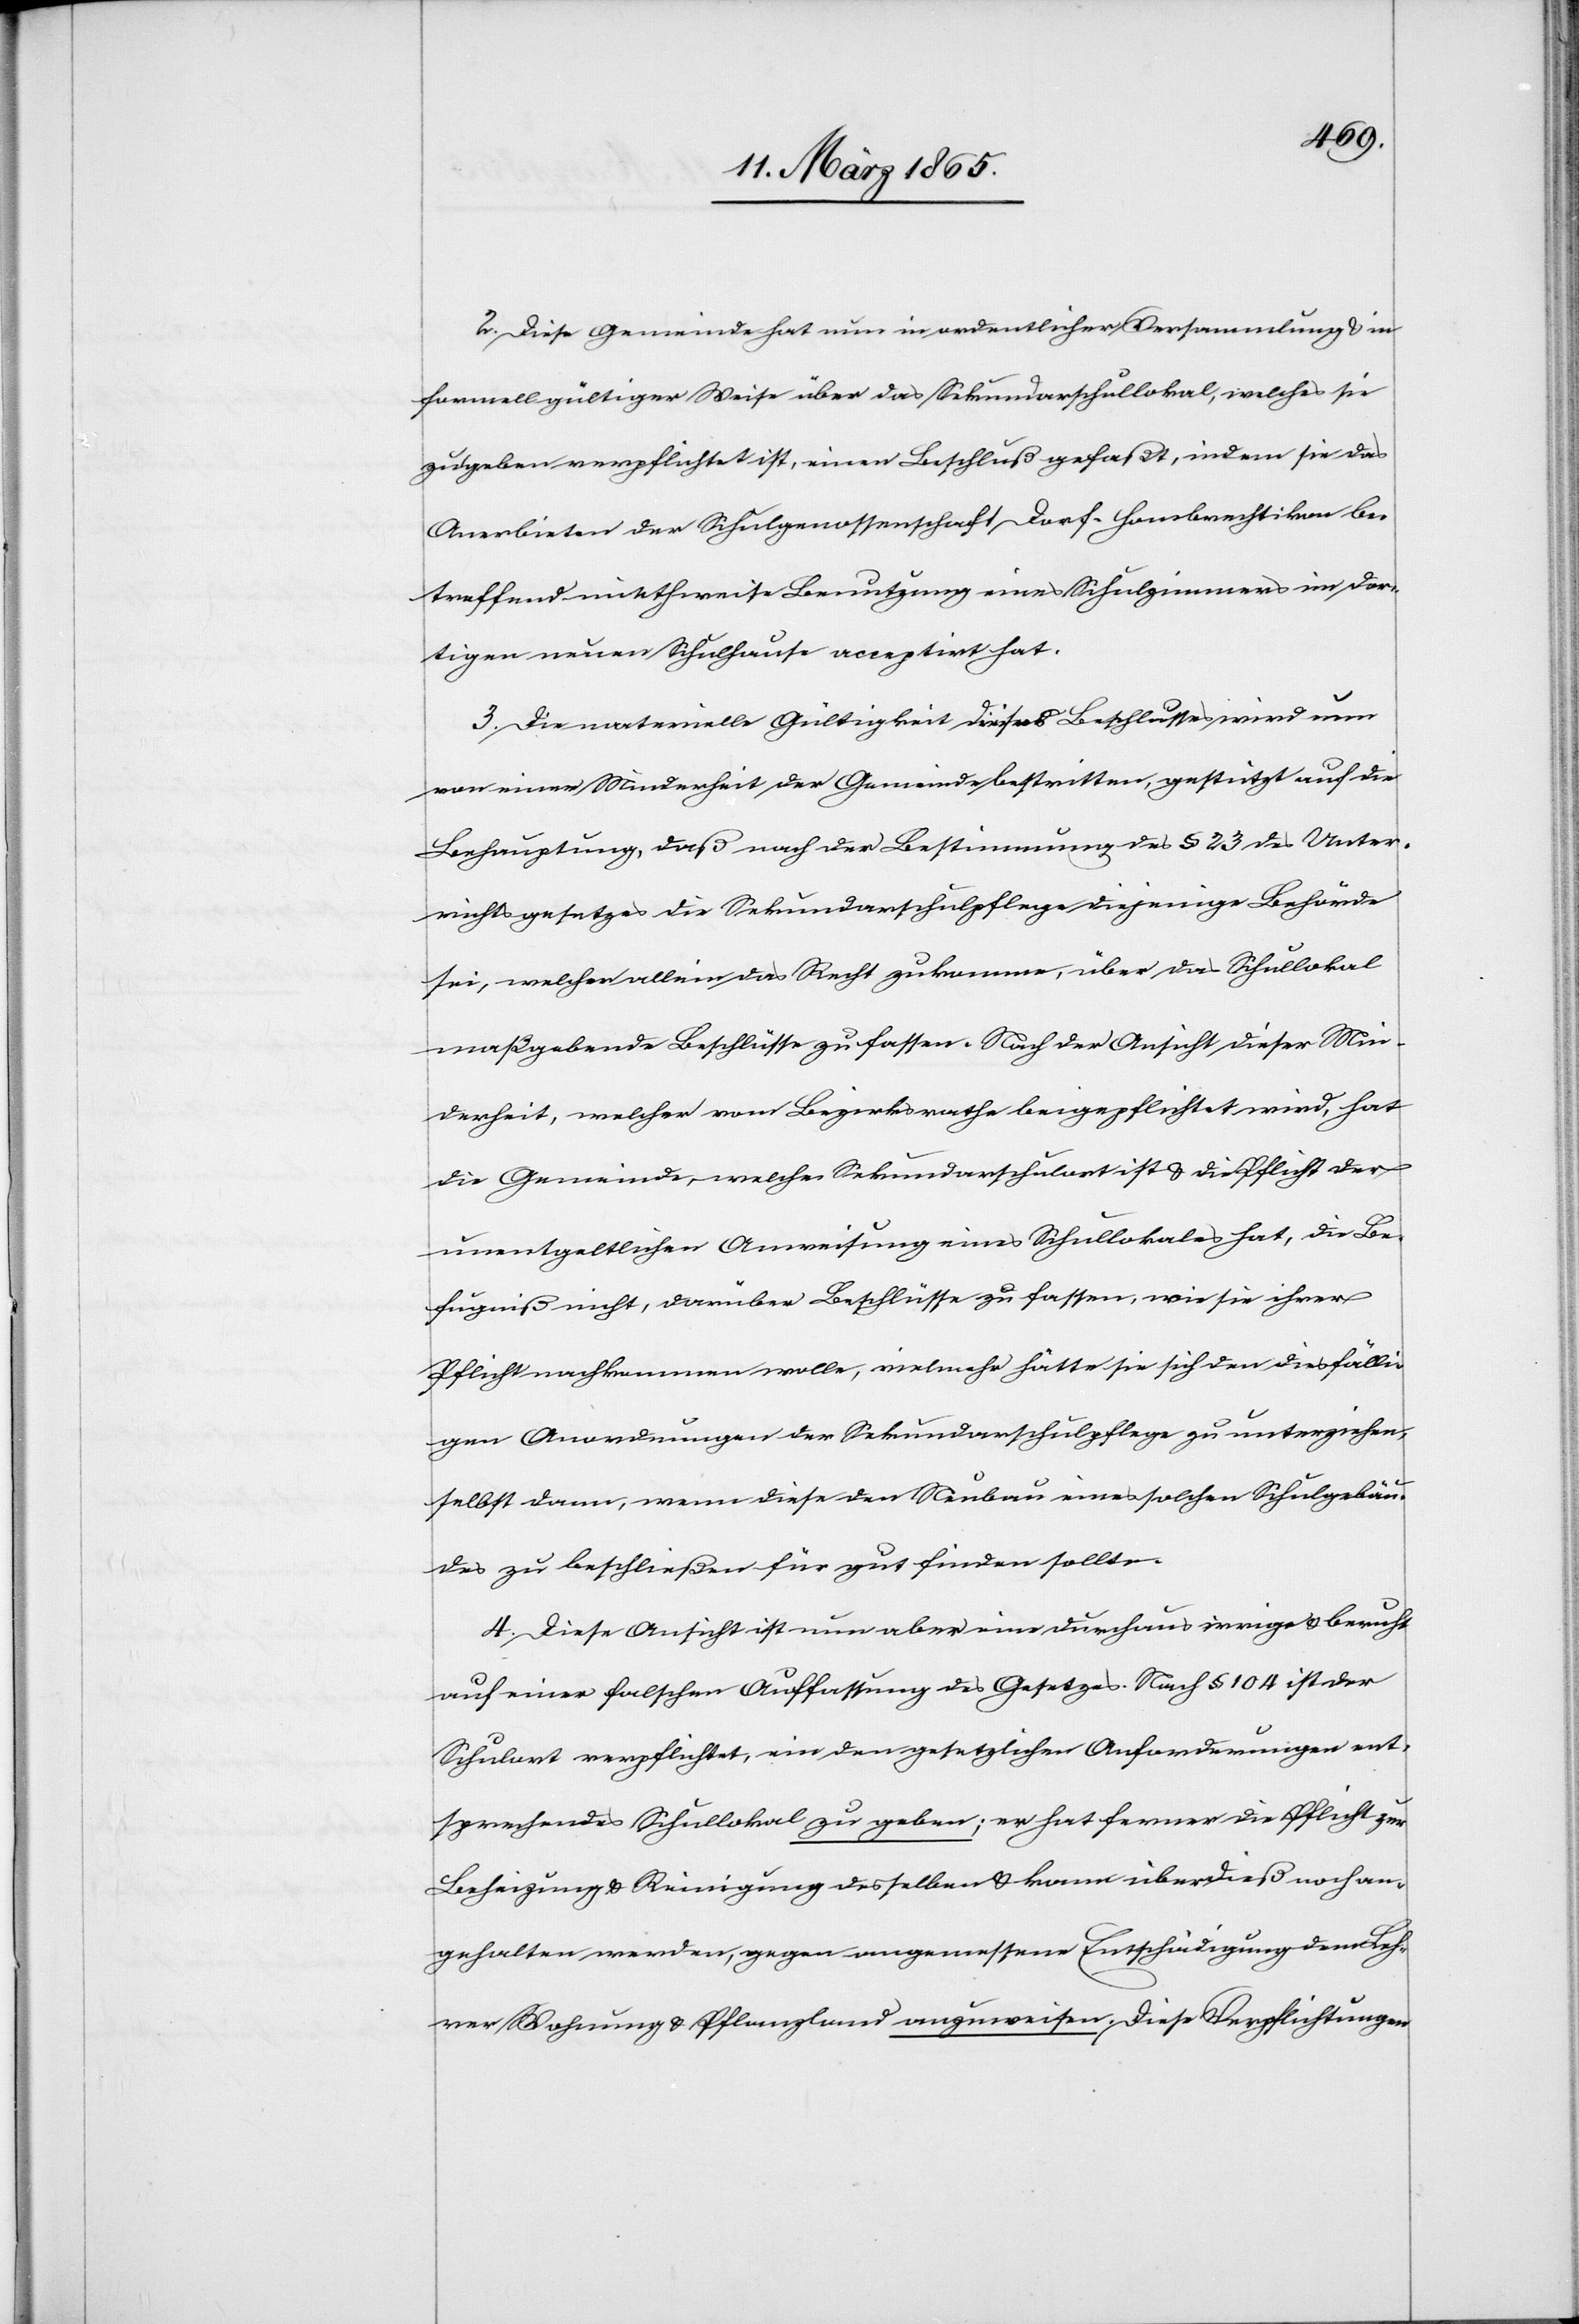
2. Diese Gemeinde hat nun in ordentlicher Versammlung u. in
formell gültiger Weise über das Sekundarschullokal, welches sie
zu geben verpflichtet ist, einen Beschluß gefaßt, indem sie das
Anerbieten der Schulgenossenschaft Dorf-Hombrechtikon be¬
treffend miethweise Benutzung eines Schulzimmers im dor¬
tigen neuen Schulhause acceptirt hat.
3. Die materielle Gültigkeit dieses Beschlusses wird nun
von einer Minderheit der Gemeinde bestritten, gestützt auf die
Behauptung, daß nach der Bestimmung des § 23 des Unter¬
richtsgesetzes die Sekundarschulpflege diejenige Behörde
sei, welcher allein das Recht zukomme, über das Schullokal
maßgebende Beschlüsse zu fassen. Nach der Ansicht dieser Min¬
derheit, welcher vom Bezirksrathe beigepflichtet wird, hat
die Gemeinde, welche Sekundarschulort ist u. die Pflicht der
unentgeltlichen Anweisung eines Schullokales hat, die Be¬
fugniß nicht, darüber Beschlüsse zu fassen, wie sie ihrer
Pflicht nachkommen wolle, vielmehr hätte sie sich den diesfälli¬
gen Anordnungen der Sekundarschulpflege zu unterziehen,
selbst dann, wenn diese den Neubau eines solchen Schulgebäu¬
des zu beschließen für gut finden sollte.
4. Diese Ansicht ist nun aber eine durchaus irrige u. beruht
auf einer falschen Auffassung des Gesetzes. Nach § 104 ist der
Schulort verpflichtet, ein den gesetzlichen Anforderungen ent¬
sprechendes Schullokal zu geben; er hat ferner die Pflicht zur
Beheizung u. Reinigung desselben u. kann überdieß noch an¬
gehalten werden, gegen angemessene Entschädigung dem Leh¬
rer Wohnung u. Pflanzland anzuweisen. Diese Verpflichtungen